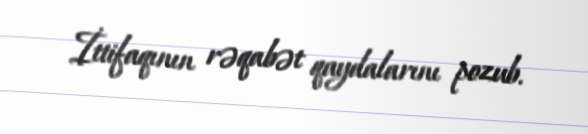
İttifaqının rəqabət qaydalarını pozub.